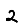
Digit: 2